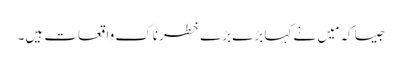
جیسا کہ مَیں نے کہا بڑے بڑے خطرناک واقعات ہیں۔